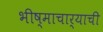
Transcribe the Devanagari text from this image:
भीष्माचार्याची